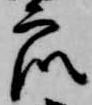
衆